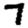
Digit: 7